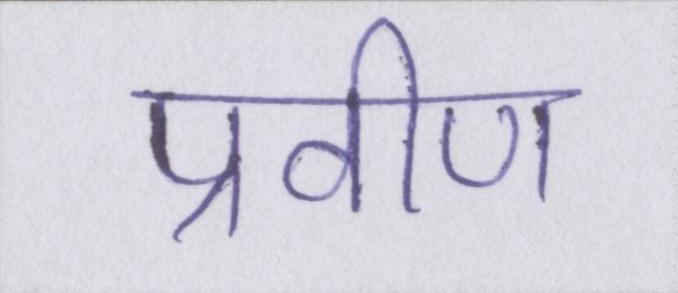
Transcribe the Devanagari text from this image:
प्रवीण